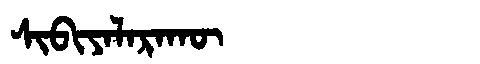
Manchu: ᠰᡳᠪᡳᠶᠠᠯᠠᡵᠠᡴᡡ
Romanization: SIBIYALARAKŪ